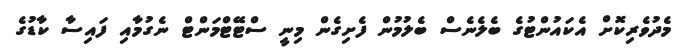
މެދުވެރިކޮށް އެކައުންޓުގެ ބެލެނެސް ބެލުމުން ފެށިގެން މިނީ ސްޓޭޓްމަންޓް ނެގުމާއި ފައިސާ ކާޑުގެ